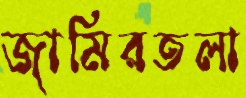
জামিরতলা